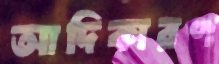
আদিকারণ